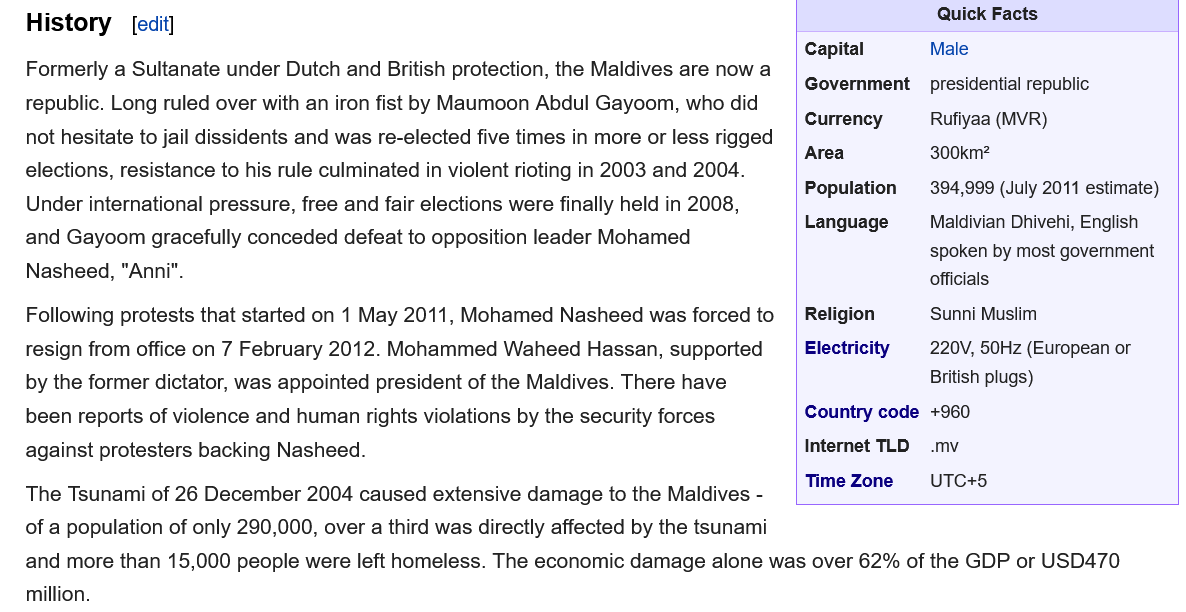
History
   Formerly a Sultanate under Dutch and British protection, the Maldives are now a
   republic. Long ruled over with an iron fist by Maumoon Abdul Gayoom, who did
   not hesitate to jail dissidents and was re-elected five times in more or less rigged
   elections, resistance to his rule culminated in violent rioting in 2003 and 2004.
   Under international pressure, free and fair elections were finally held in 2008,
   and Gayoom gracefully conceded defeat to opposition leader Mohamed
   Nasheed, "Anni".
   Following protests that started on 1 May 2011, Mohamed Nasheed was forced to
   resign from office on 7 February 2012. Mohammed Waheed Hassan, supported
   by the former dictator, was appointed president of the Maldives. There have
   been reports of violence and human rights violations by the security forces
   against protesters backing Nasheed.
   The Tsunami of 26 December 2004 caused extensive damage to the Maldives -
     TimeZone  UTC+S
   of a population of only 290,000, over a third was directly affected by the tsunami
   and more than 15,000 people were left homeless. The economic damage alone was over 62% of the GDP or USD470
   million.